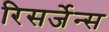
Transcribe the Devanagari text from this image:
रिसर्जेन्स